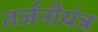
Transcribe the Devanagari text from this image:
तर्जनीयंत्र